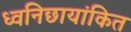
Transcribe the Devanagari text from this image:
ध्वनिछायांकित